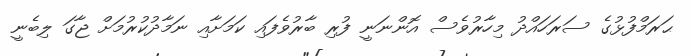
ޙަރަމްފުޅުގެ ސަރަހައްދު މިހާރުވެސް އޮންނަނީ ފުރި ބާރުވެފައި ކަމަށާއި ނަމާދުކުރުމަށް ޖާގަ ލިބެނީ